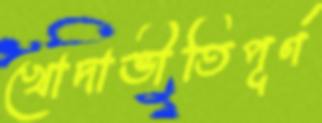
খোদাভীতিপূর্ণ